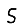
Digit: 5